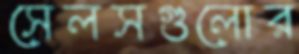
সেলসগুলোর